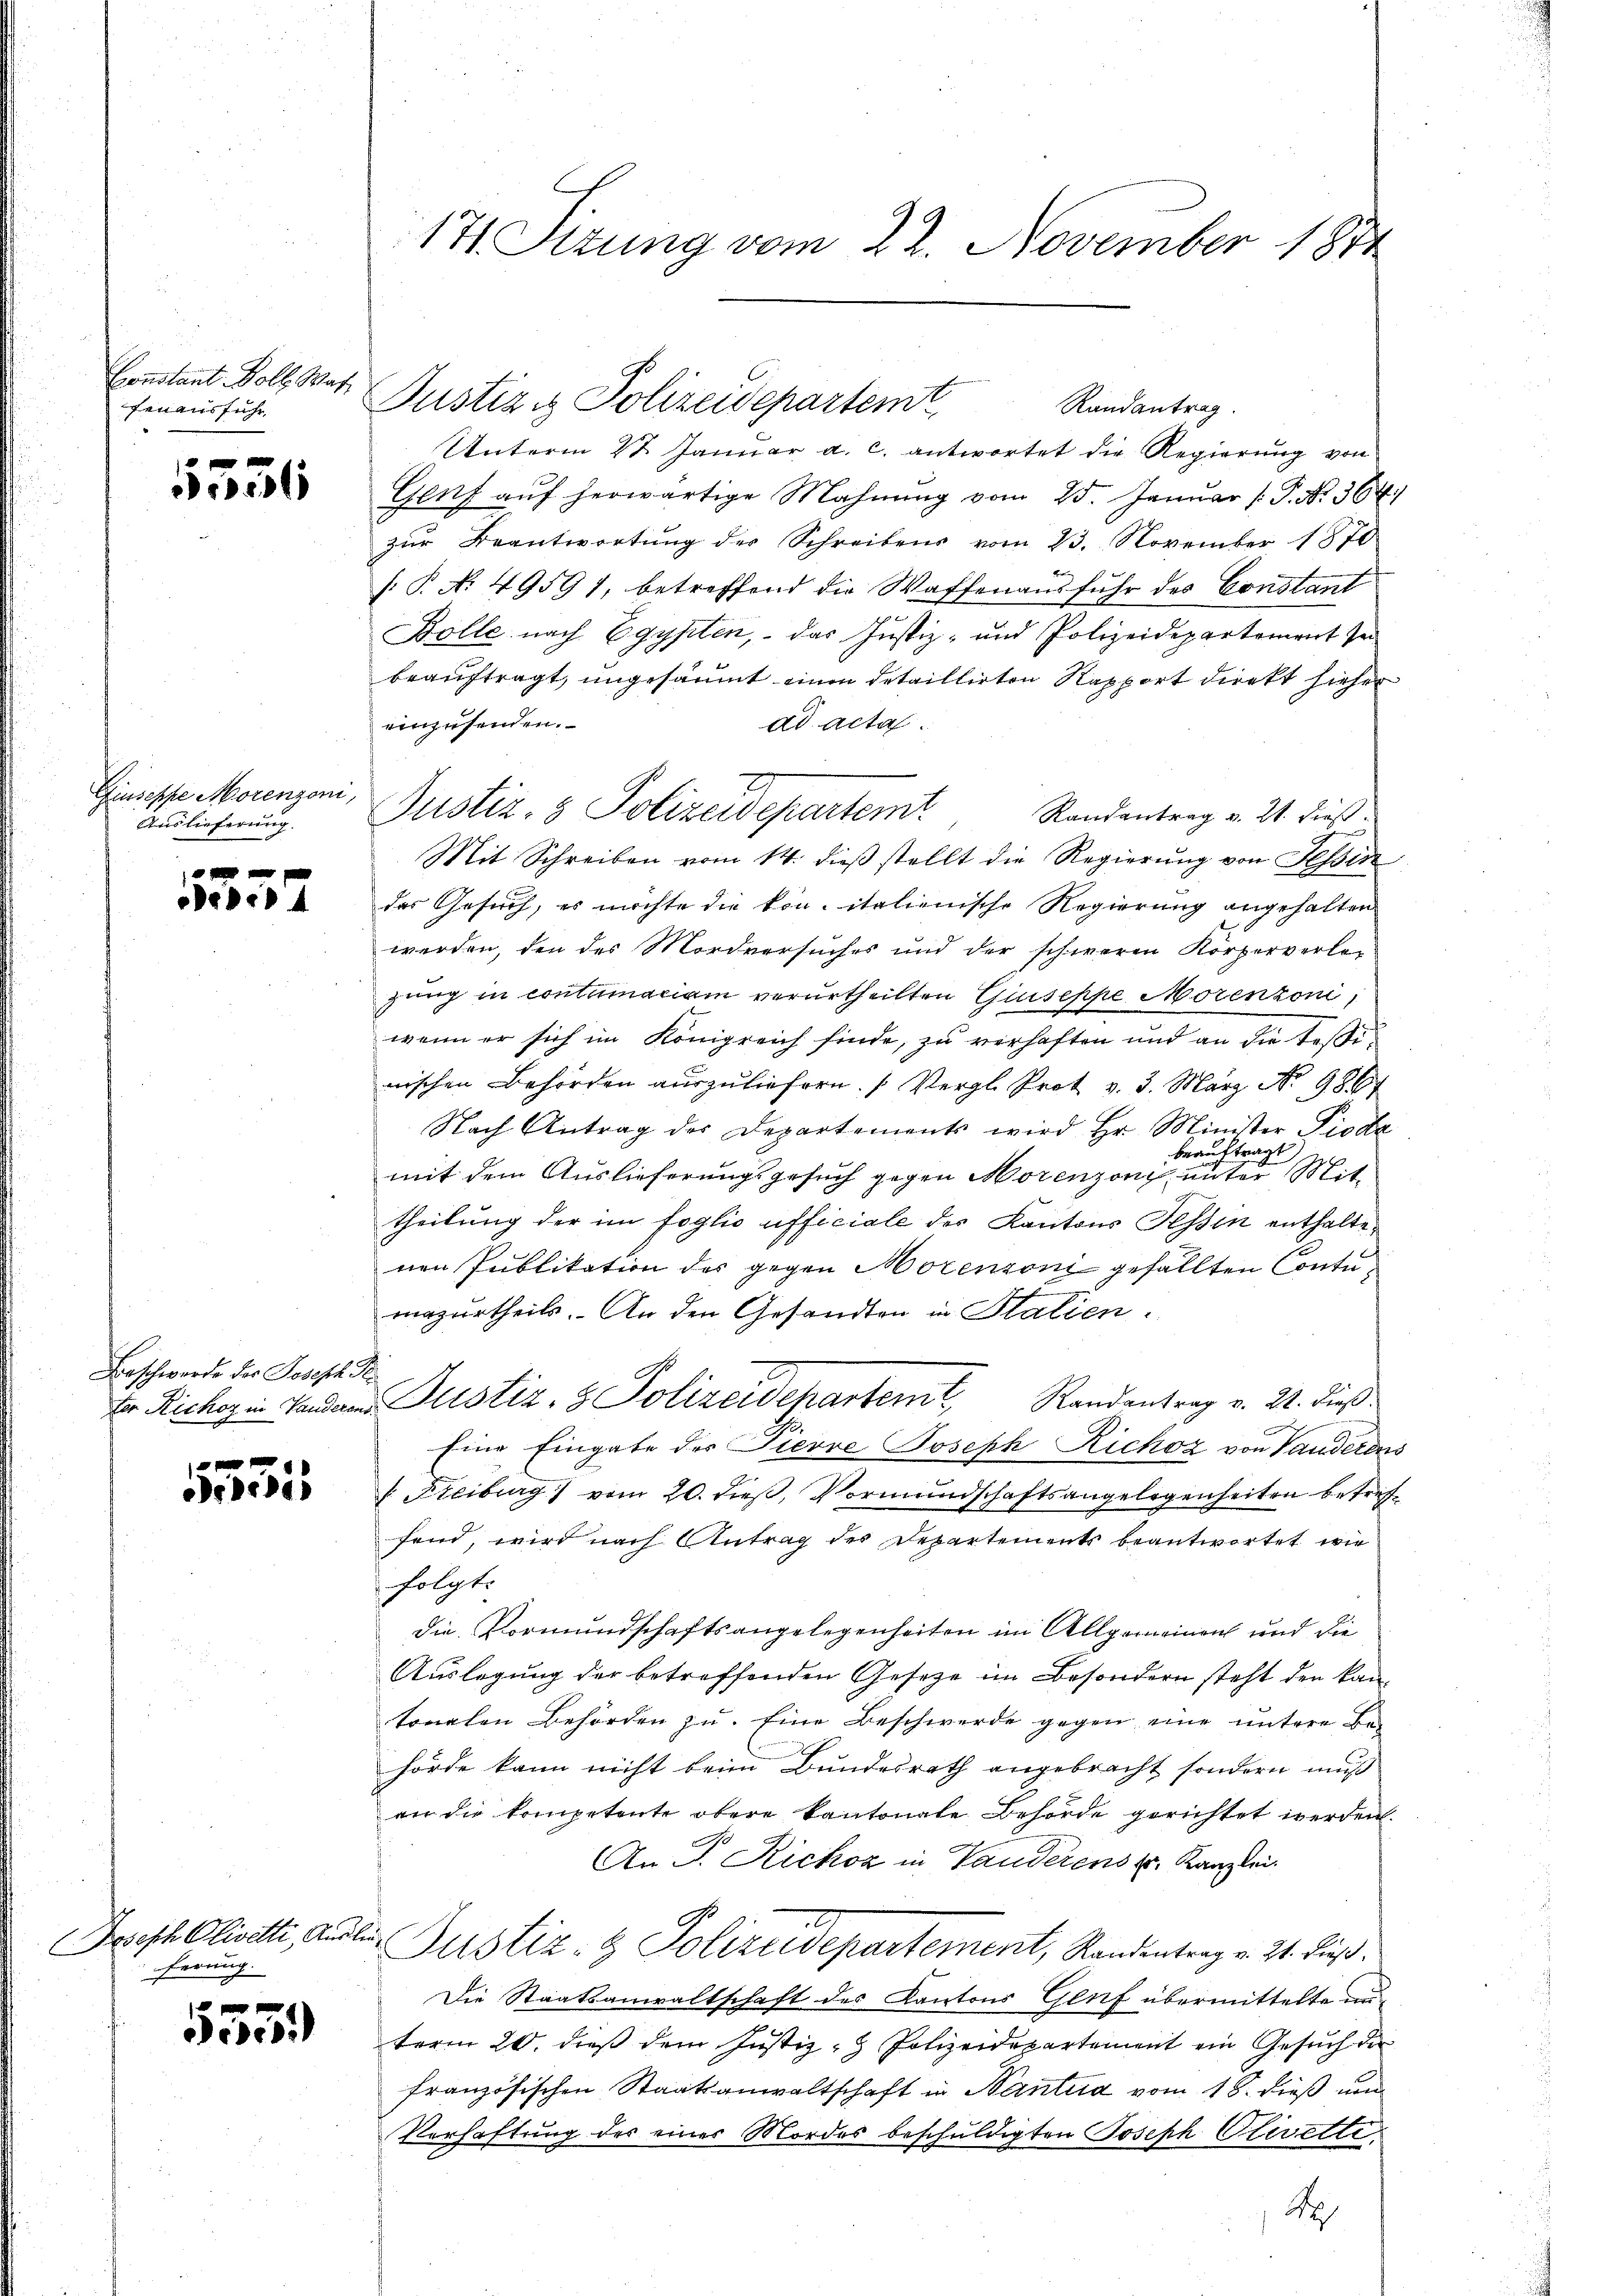
Constant Boll. Was
fenausführ

e

Giuseppe Morenzoni,
Auslieferung

0 f 0 x
oder 4

Beschwerde der Joseph See

x
Desidi

ferung.

ee

Unterm 27. Januar a. c. antwortet die Regierung von
Genf auf herwärtige Mahnung vom 25. Januar (: P. Nr. 364.
zur Beantwortung des Schreibens vom 23. November 1870
[: P. No 49591, betreffend die Waffen ausfuhr des Constant
Bolle nach Egypten, – das Justiz- und Polizeidepartement sei
beauftragt, ungesäumt einen detaillirten Rapport direkt hieher
einzusenden.
ad acta.
Randantrag v. 21. dieß.
Mit Schreiben vom 14. dieß stellt die Regierung von Tessin
des Gesuch, es möchte die kon- italienische Regierung angehalten
werden, den des Mordversuches und der schweren Körperverlegung in contumaciam verurtheilten Guseppe Morenzoni
wenn er sich im Königreich finde, zu verhaften und an die Tößinischen Behörden auszuliefern. (Vergl. Prot v. 3. März No 9867
Nach Antrag des Departements wird Hr. Minister Piodz
Berech
tragt
mit dem Auslieferungsgesuch gegen Morenzoni unter Mittheilung der im foglio afficiale der Kantons Tessin enthaltenen Publikation des gegen Morenzoni gefällten Contumazurtheils. An den Gesandten in Statien.
der Richogin ander Justiz- & Polizeidchartem Randantrag v. 21. dieß
Eine Eingabe des Pierre Joseph Richoz von Handerens
 Freiburg vom 20. dieß, Vormundschaftsangelegenheiten betreffand, wird nach Antrag des Departements beantwortet wir
folgt.
die Vormundschaftsangelegenheiten im Allgemeinen und die
Auslegung der betreffenden Gesetze im Besondern steht den kan-
tonalen Behörden zŭ. Eine Beschwerde gegen eine ŭntere Be-
hörde kann nicht beim Bundesrath angebracht, sondern muß
an die kompetente obere kantonale Behörde gerichtet werden.
An J. Rickoz in Landerens u. Kanzlei.
Bresl Olivetti, ausler Justiz- & Polizeidepartement, Randentrag v. 24. Fuß.
Die Staatsanwaltschaft des Kantons Genf übermittelte un
term 20. dieß dem Justiz- & Polizeidepartement ein Gesŭch der
französischen Staatsanwaltschaft in Santia vom 18. dieß und
Verhaftung des einer Mordes beschuldigten Joseph Olivette
A

17. Situng vom 22. November 1871

Justiz & Polizeidepartem Randantrag.

Justiz- & Polizeidepartemt